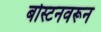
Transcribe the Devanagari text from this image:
बोस्टनवरून